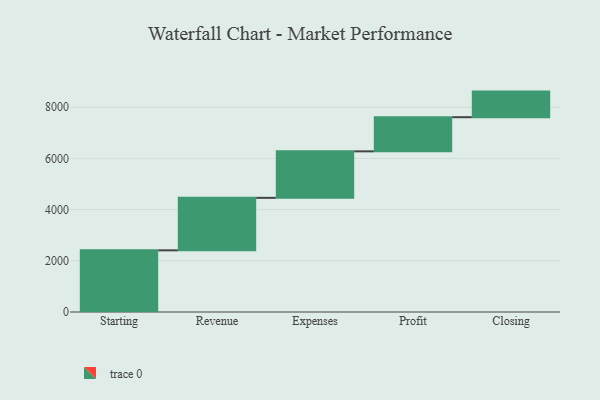
{"axis": {"x": "Step", "y": "Value"}, "legend": [""], "data": [{"x": "Starting", "y": 2409.0, "type": ""}, {"x": "Revenue", "y": 2051.0, "type": ""}, {"x": "Expenses", "y": 1817.0, "type": ""}, {"x": "Profit", "y": 1334.0, "type": ""}, {"x": "Closing", "y": 1000, "type": ""}]}